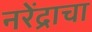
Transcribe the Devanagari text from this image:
नरेंद्राचा